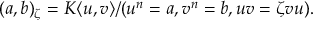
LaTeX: ( a , b ) _ { \zeta } = K \langle u , v \rangle / ( u ^ { n } = a , v ^ { n } = b , u v = \zeta v u ) .